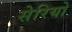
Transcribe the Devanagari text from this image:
सेरियो